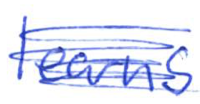
Text: learns
Cross-out: scratch
Writing tool: ballpoint